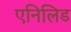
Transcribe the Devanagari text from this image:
एनिलिड